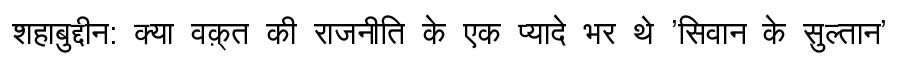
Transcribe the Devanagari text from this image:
शहाबुद्दीन: क्या वक़्त की राजनीति के एक प्यादे भर थे 'सिवान के सुल्तान'